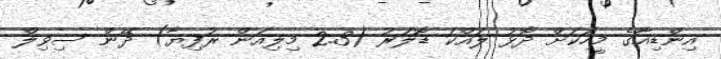
އިންޑިއާގެ މީހަކަށް ދޮޅު ލައްކަ ޑޮލަރު (2.3 މިލިއަން ރުފިޔާ) ދޭން ސިވިލް